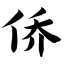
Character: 侨